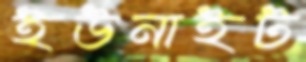
ইউনাইট